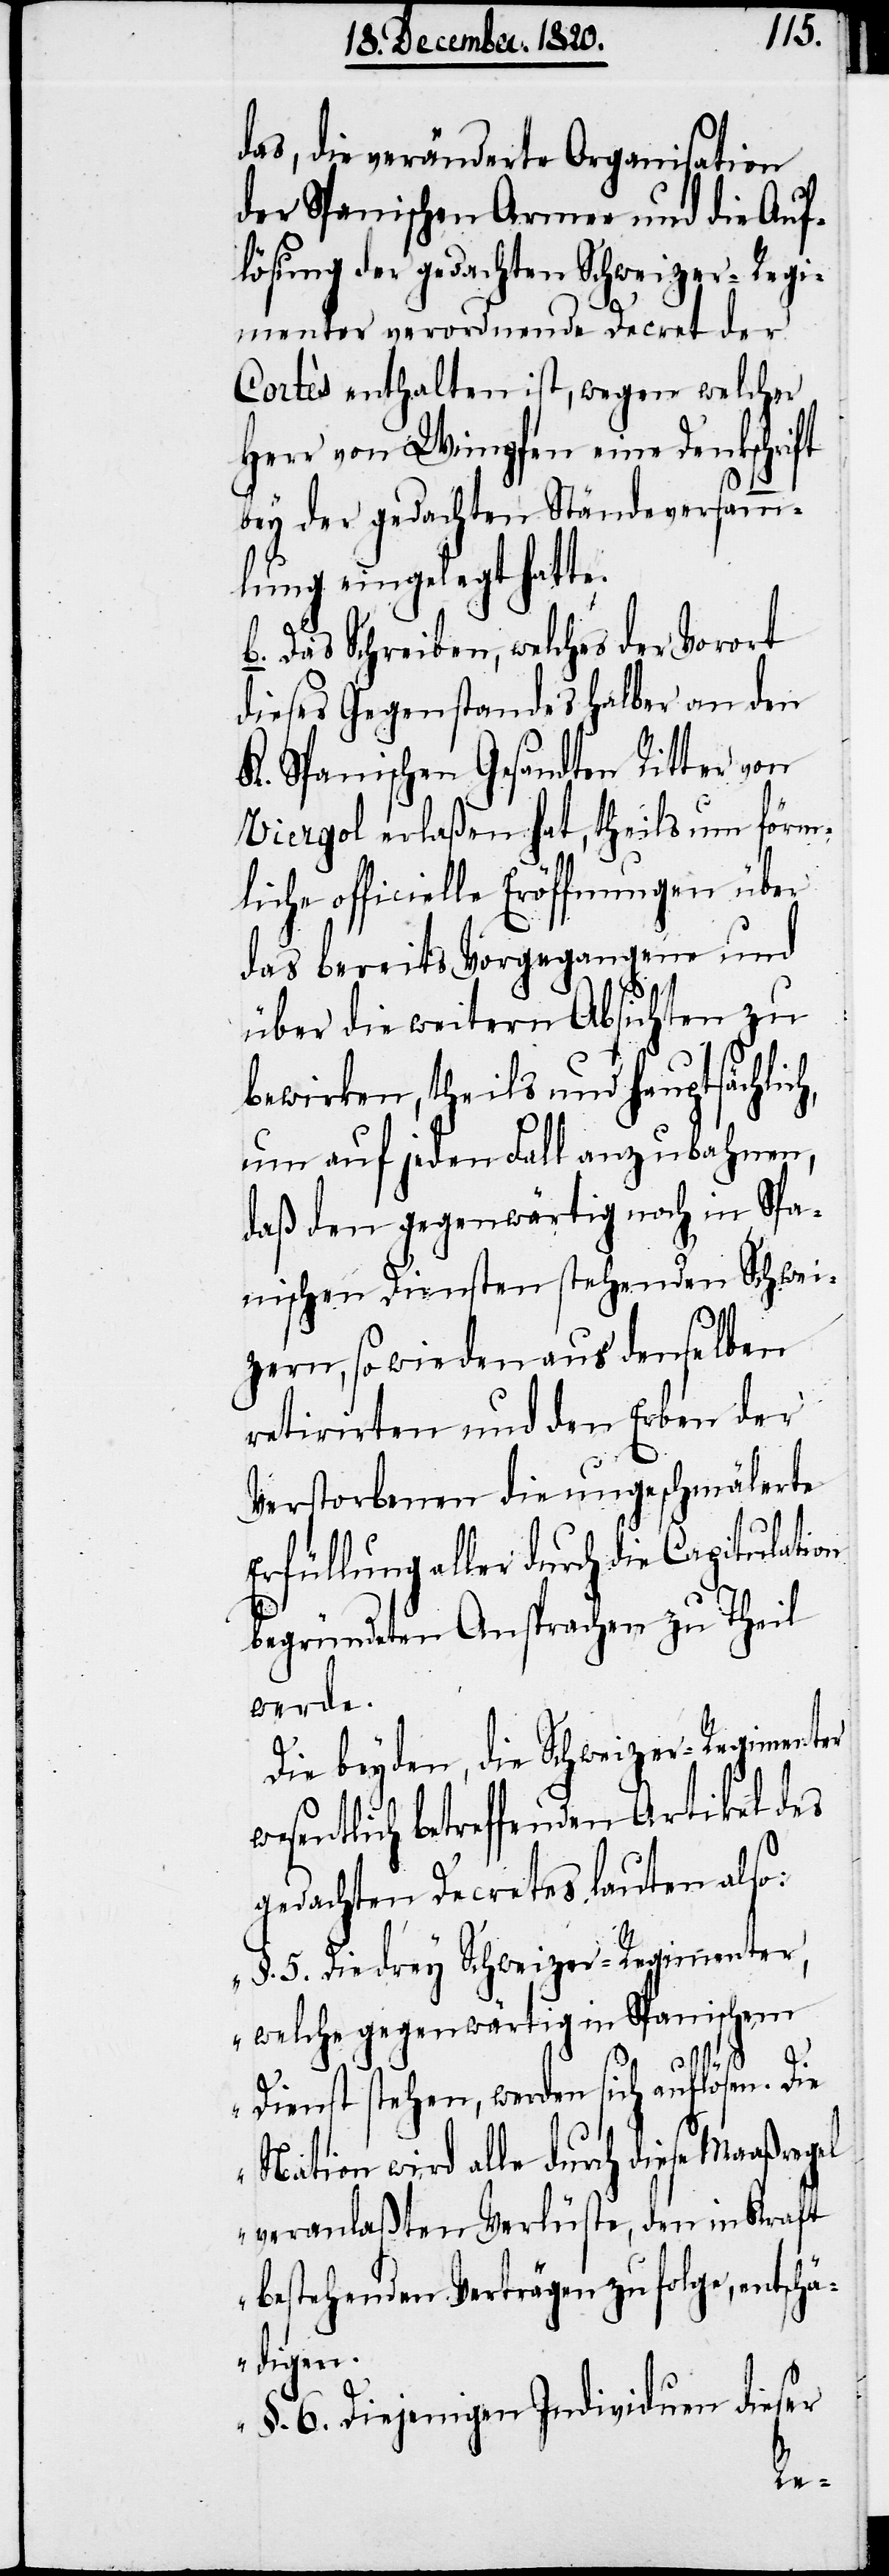
das, die veränderte Organisation
der Spanischen Armee und die Auf¬
lösung der gedachten Schweizer-Regi¬
menter verordnende Decret der
Cortès enthalten ist, wegen welcher
Herr von Wimpfen eine Denkschrift
bey der gedachten Ständeversamm¬
lung eingelegt hatte.
b. Das Schreiben, welches der Vorort
dieses Gegenstandes halber an den
K. Spanischen Gesandten Ritter von
Viergol erlaßen hat, theils um förm¬
liche officielle Eröffnungen über
das bereits Vorgegangene und
über die weitern Absichten zu
bewirken, theils und hauptsächlich,
um auf jeden Fall anzubahnen,
daß dem gegenwärtig noch in Spa¬
nischen Diensten stehenden Schwei¬
zern, so wie den aus denselben
retirirten und den Erben der
Verstorbenen die ungeschmälerte
Erfüllung aller durch die Capitulation
begründeten Ansprachen zu Theil
werde.
Die beyden, die Schweizer-Regimenter
sentlich betreffenden Artikel des
gedachten Decretes lauten also:
„§. 5. Die drey Schweizer-Regimenter,
welche gegenwärtig in Spanischem
Dienst stehen, werden sich auflösen. Die
Nation wird alle durch diese Maaßregel
veranlaßten Verlüste, den in Kraft
bestehenden Verträgen zufolge, entschä¬
digen.
§. 6. Diejenigen Individuen dieser
we¬